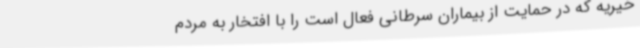
خیریه که در حمایت از بیماران سرطانی فعال است را با افتخار به مردم